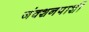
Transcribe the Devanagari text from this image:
जंक्शनपाशी